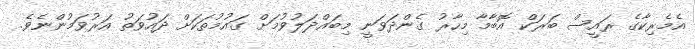
އެމެރިކާގެ ރައީސް ބަރަކް އޮބާމާ މިހާރު ގެންދަވަނީ މިބައްދަލުވުމަށް ގައުމުތަކަށް ދައުވަތު އަރުވަމުންނެވެ.